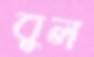
বুল